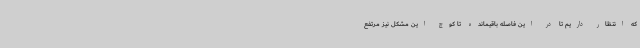
که انتظار داریم تا در این فاصله باقیمانده تا کوچ این مشکل نیز مرتفع